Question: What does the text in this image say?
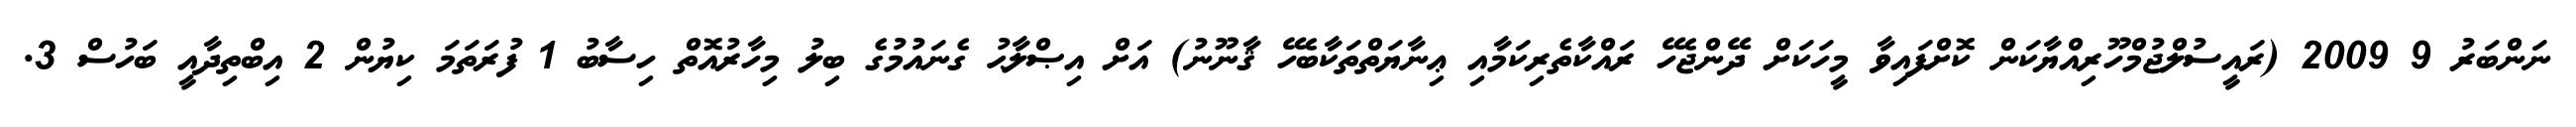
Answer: ނަންބަރު 9 2009 (ރައީސުލްޖުމްހޫރިއްޔާކަން ކޮށްފައިވާ މީހަކަށް ދޭންޖެހޭ ރައްކާތެރިކަމާއި ޢިނާޔަތްތަކާބެހޭ ޤާނޫނު) އަށް އިޞްލާޙު ގެނައުމުގެ ބިލު މިހާރުއޮތް ހިސާބު 1 ފުރަތަމަ ކިޔުން 2 އިބްތިދާއީ ބަހުސް 3.